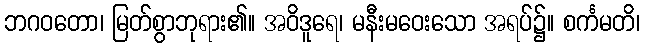
ဘဂဝတော၊ မြတ်စွာဘုရား၏။ အဝိဒူရေ၊ မနီးမဝေးသော အရပ်၌။ စင်္ကမတိ၊